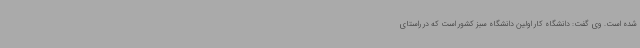
شده است. وی گفت: دانشگاه کار اولین دانشگاه سبز کشور است که در راستای